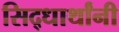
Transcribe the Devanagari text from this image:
सिद्धार्थांनी